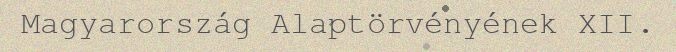
Magyarország Alaptörvényének XII.